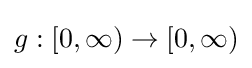
g:[0,\infty )\to [0,\infty )